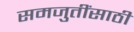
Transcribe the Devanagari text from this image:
समजुतींसाठी